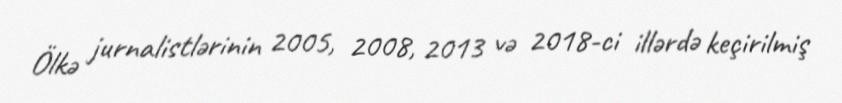
Ölkə jurnalistlərinin 2005, 2008, 2013 və 2018-ci illərdə keçirilmiş